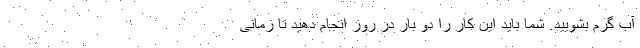
آب گرم بشویید. شما باید این کار را دو بار در روز انجام دهید تا زمانی